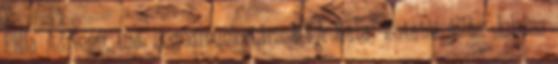
Filla Adrienn, tud. segédmunkatárs MTA fiatal kutatói állás Juhász